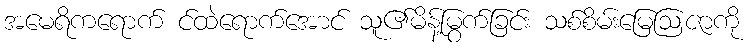
အမေရိကရောက် င်ထဲရောက်အောင် သူ၏မိန့်မြွက်ခြင်း သစ်စိမ်းမြေဩဇာကို